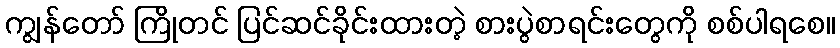
ကျွန်တော် ကြိုတင် ပြင်ဆင်ခိုင်းထားတဲ့ စားပွဲစာရင်းတွေကို စစ်ပါရစေ။